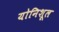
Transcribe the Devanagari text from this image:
योनिशूल